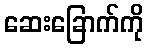
ဆေးခြောက်ကို